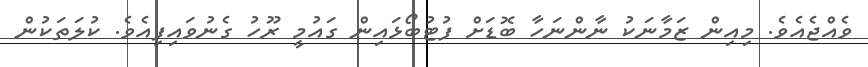
ވެއްޖެއެވެ. މިއިން ޒަމާނަކު ނާންނަހާ ބޮޑަށް ފުޓުބޯޅައިން ގައުމީ ރޫހު ގެނުވައިފިއެވެ. ކުލަތަކުން